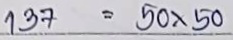
137 = 50 x 50